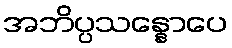
အဘိပ္ပသန္နောပေ